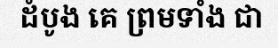
ដំបូង គេ ព្រមទាំង ជា